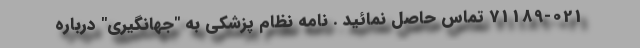
71189-021 تماس حاصل نمائید . نامه نظام پزشکی به "جهانگیری" درباره